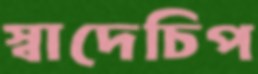
স্বাদেচিপ